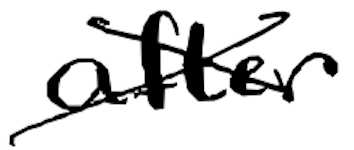
Text: after
Cross-out: cross
Writing tool: digital_black